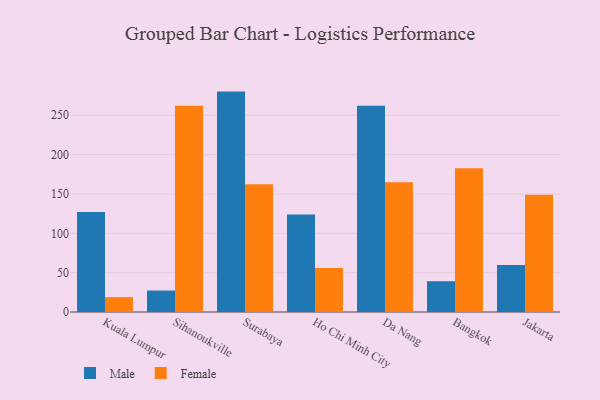
{"axis": {"x": "City", "y": "Inventory Turnover"}, "legend": ["Female", "Male"], "data": [{"x": "Kuala Lumpur", "y": 127.1, "type": "Male"}, {"x": "Kuala Lumpur", "y": 18.9, "type": "Female"}, {"x": "Sihanoukville", "y": 27.3, "type": "Male"}, {"x": "Sihanoukville", "y": 262.2, "type": "Female"}, {"x": "Surabaya", "y": 280.1, "type": "Male"}, {"x": "Surabaya", "y": 162.3, "type": "Female"}, {"x": "Ho Chi Minh City", "y": 123.8, "type": "Male"}, {"x": "Ho Chi Minh City", "y": 55.8, "type": "Female"}, {"x": "Da Nang", "y": 262.0, "type": "Male"}, {"x": "Da Nang", "y": 164.8, "type": "Female"}, {"x": "Bangkok", "y": 39.1, "type": "Male"}, {"x": "Bangkok", "y": 182.6, "type": "Female"}, {"x": "Jakarta", "y": 59.6, "type": "Male"}, {"x": "Jakarta", "y": 148.9, "type": "Female"}]}